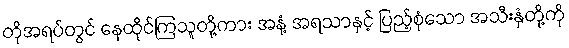
တိုအရပ်တွင် နေထိုင်ကြသူတို့ကား အနံ့ အရသာနှင့် ပြည့်စုံသော အသီးနှံတို့ကို